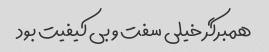
همبرگر خیلی سفت و بی کیفیت بود